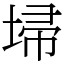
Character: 埽